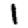
Digit: 1